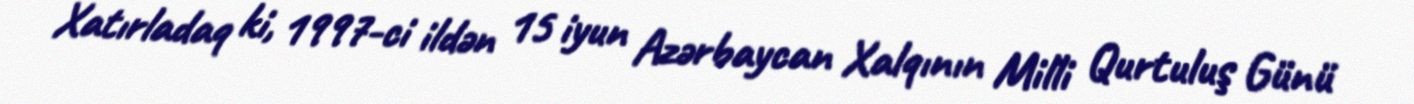
Xatırladaq ki, 1997-ci ildən 15 iyun Azərbaycan Xalqının Milli Qurtuluş Günü